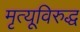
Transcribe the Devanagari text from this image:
मृत्यूविरुद्ध